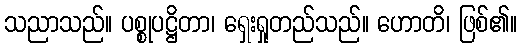
သညာသည်။ ပစ္စုပဋ္ဌိတာ၊ ရှေးရှုတည်သည်။ ဟောတိ၊ ဖြစ်၏။